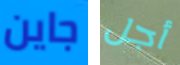
جاين أجل